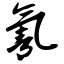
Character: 氰